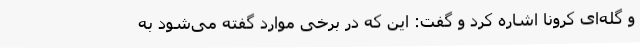
و گله‌ای کرونا اشاره کرد و گفت: این که در برخی موارد گفته می‌شود به